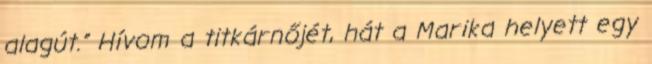
alagút.” Hívom a titkárnőjét, hát a Marika helyett egy